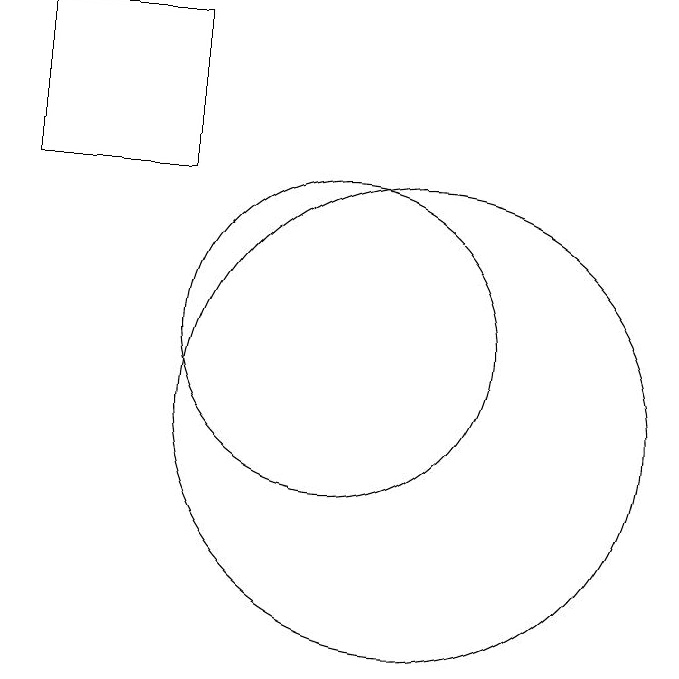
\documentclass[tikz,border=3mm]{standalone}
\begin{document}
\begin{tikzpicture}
\draw (12,10) circle (3);
\draw (11,11) circle (2);
\draw (7,15) rectangle (9,13);
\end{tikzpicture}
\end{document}